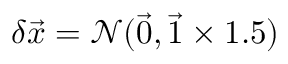
\delta \vec { x } = \mathcal { N } ( \vec { 0 } , \vec { 1 } \times 1 . 5 )